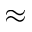
\approx